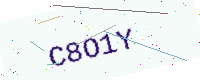
Text: C8O1Y